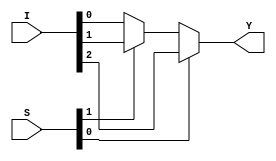
`timescale 1ns / 1ps
//////////////////////////////////////////////////////////////////////////////////
// Company: 
// Engineer: 
// 
// Design Name: 
// Module Name: Mux_3x1df
// Project Name: 
// Target Devices: 
// Tool Versions: 
// Description: 
// 
// Dependencies: 
// 
// Revision:
// Revision 0.01 - File Created
// Additional Comments:
// 
//////////////////////////////////////////////////////////////////////////////////


module Mux_3x1df(
input [2:0]I,
input [0:1]S,
output Y
    );
    assign Y=S[1]? I[2] :(S[0]?I[1]:I[0]);
endmodule